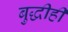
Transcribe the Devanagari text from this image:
बुद्धीही